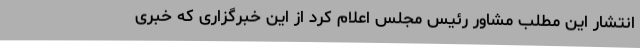
انتشار این مطلب مشاور رئیس مجلس اعلام کرد از این خبرگزاری که خبری